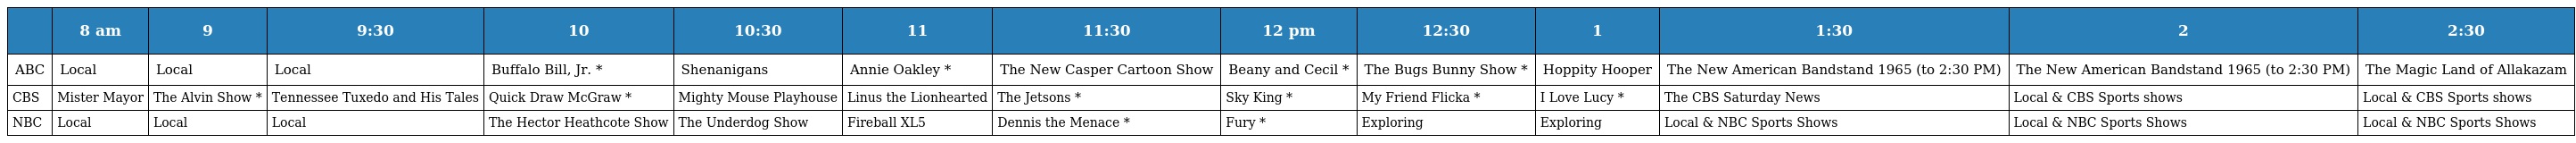
|  | 8 am | 9 | 9:30 | 10 | 10:30 | 11 | 11:30 | 12 pm | 12:30 | 1 | 1:30 | 2 | 2:30 |
 | --- | --- | --- | --- | --- | --- | --- | --- | --- | --- | --- | --- | --- | --- |
 | ABC | Local | Local | Local | Buffalo Bill, Jr. * | Shenanigans | Annie Oakley * | The New Casper Cartoon Show | Beany and Cecil * | The Bugs Bunny Show * | Hoppity Hooper | The New American Bandstand 1965 (to 2:30 PM) | The New American Bandstand 1965 (to 2:30 PM) | The Magic Land of Allakazam |
 | CBS | Mister Mayor | The Alvin Show * | Tennessee Tuxedo and His Tales | Quick Draw McGraw * | Mighty Mouse Playhouse | Linus the Lionhearted | The Jetsons * | Sky King * | My Friend Flicka * | I Love Lucy * | The CBS Saturday News | Local & CBS Sports shows | Local & CBS Sports shows |
 | NBC | Local | Local | Local | The Hector Heathcote Show | The Underdog Show | Fireball XL5 | Dennis the Menace * | Fury * | Exploring | Exploring | Local & NBC Sports Shows | Local & NBC Sports Shows | Local & NBC Sports Shows |